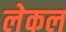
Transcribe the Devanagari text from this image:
लेकल